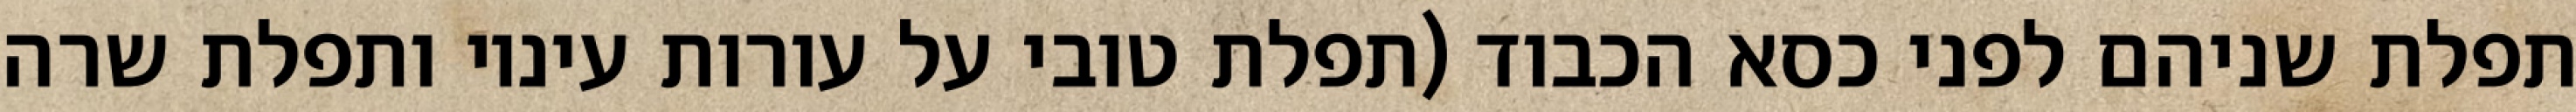
תפלת שניהם לפני כסא הכבוד (תפלת טובי על עורות עיניו ותפלת שרה